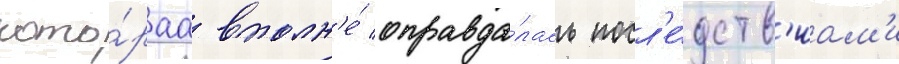
кото́раа вполн'е́ оправда́лась посл'е́дств'иам'и